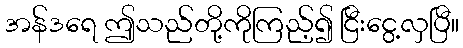
အန်ဒရေ ဤသည်တို့ကိုကြည့်၍ ငြီးငွေ့လှပြီ။